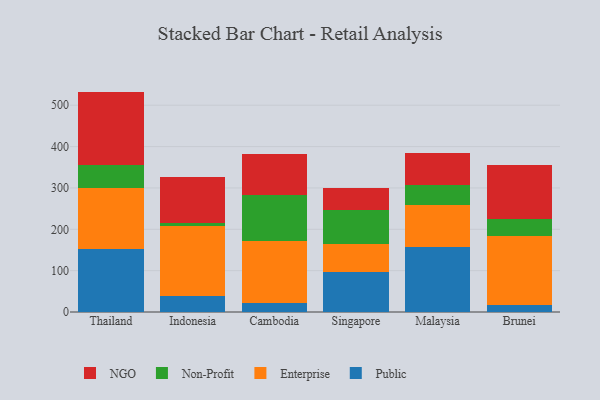
{"axis": {"x": "Country", "y": "Temperature (°C)"}, "legend": ["Enterprise", "NGO", "Non-Profit", "Public"], "data": [{"x": "Thailand", "y": 151.3, "type": "Public"}, {"x": "Thailand", "y": 147.4, "type": "Enterprise"}, {"x": "Thailand", "y": 55.6, "type": "Non-Profit"}, {"x": "Thailand", "y": 178.7, "type": "NGO"}, {"x": "Indonesia", "y": 39.0, "type": "Public"}, {"x": "Indonesia", "y": 168.0, "type": "Enterprise"}, {"x": "Indonesia", "y": 8.3, "type": "Non-Profit"}, {"x": "Indonesia", "y": 111.9, "type": "NGO"}, {"x": "Cambodia", "y": 21.8, "type": "Public"}, {"x": "Cambodia", "y": 150.9, "type": "Enterprise"}, {"x": "Cambodia", "y": 110.8, "type": "Non-Profit"}, {"x": "Cambodia", "y": 99.6, "type": "NGO"}, {"x": "Singapore", "y": 96.6, "type": "Public"}, {"x": "Singapore", "y": 68.2, "type": "Enterprise"}, {"x": "Singapore", "y": 82.5, "type": "Non-Profit"}, {"x": "Singapore", "y": 53.5, "type": "NGO"}, {"x": "Malaysia", "y": 156.6, "type": "Public"}, {"x": "Malaysia", "y": 102.0, "type": "Enterprise"}, {"x": "Malaysia", "y": 47.4, "type": "Non-Profit"}, {"x": "Malaysia", "y": 78.9, "type": "NGO"}, {"x": "Brunei", "y": 17.9, "type": "Public"}, {"x": "Brunei", "y": 165.1, "type": "Enterprise"}, {"x": "Brunei", "y": 42.9, "type": "Non-Profit"}, {"x": "Brunei", "y": 129.6, "type": "NGO"}]}